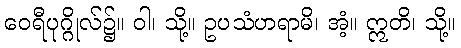
ဝေရီပုဂ္ဂိုလ်၌။ ဝါ၊ သို့။ ဥပသံဟရာမိ၊ အံ့။ ဣတိ၊ သို့။